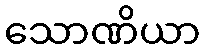
သောဏိယာ